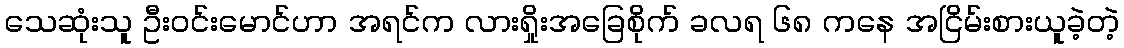
သေဆုံးသူ ဦးဝင်းမောင်ဟာ အရင်က လားရှိုးအခြေစိုက် ခလရ ၆၈ ကနေ အငြိမ်းစားယူခဲ့တဲ့